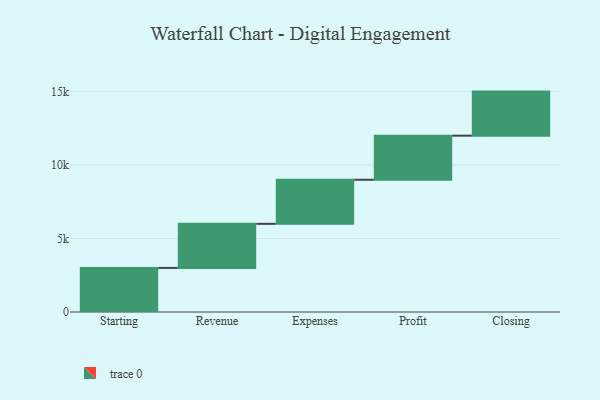
{"axis": {"x": "Step", "y": "Value"}, "legend": [""], "data": [{"x": "Starting", "y": 3000, "type": ""}, {"x": "Revenue", "y": 3000, "type": ""}, {"x": "Expenses", "y": 3000, "type": ""}, {"x": "Profit", "y": 3000, "type": ""}, {"x": "Closing", "y": 3000, "type": ""}]}